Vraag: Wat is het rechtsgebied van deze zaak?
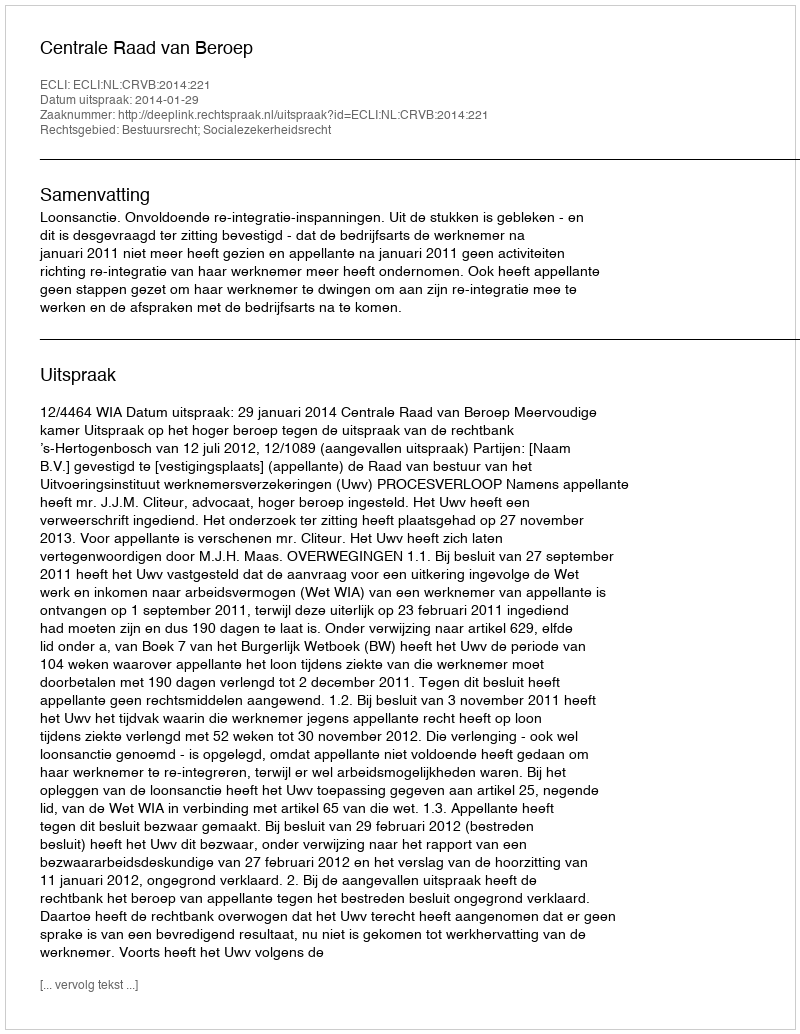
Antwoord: Bestuursrecht; Socialezekerheidsrecht